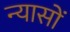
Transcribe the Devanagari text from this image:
न्‍यासों